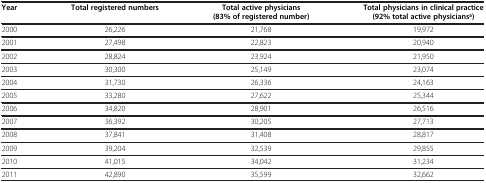
<table><thead><tr><td><b>Year</b></td><td><b>Total registered numbers</b></td><td><b>Total active physicians (83% of registered number)</b></td><td><b>Total physicians in clinical practice (92% total active physicians<sup>a</sup>)</b></td></tr></thead><tbody><tr><td>2000</td><td>26,226</td><td>21,768</td><td>19,972</td></tr><tr><td>2001</td><td>27,498</td><td>22,823</td><td>20,940</td></tr><tr><td>2002</td><td>28,824</td><td>23,924</td><td>21,950</td></tr><tr><td>2003</td><td>30,300</td><td>25,149</td><td>23,074</td></tr><tr><td>2004</td><td>31,730</td><td>26,336</td><td>24,163</td></tr><tr><td>2005</td><td>33,280</td><td>27,622</td><td>25,344</td></tr><tr><td>2006</td><td>34,820</td><td>28,901</td><td>26,516</td></tr><tr><td>2007</td><td>36,392</td><td>30,205</td><td>27,713</td></tr><tr><td>2008</td><td>37,841</td><td>31,408</td><td>28,817</td></tr><tr><td>2009</td><td>39,204</td><td>32,539</td><td>29,855</td></tr><tr><td>2010</td><td>41,015</td><td>34,042</td><td>31,234</td></tr><tr><td>2011</td><td>42,890</td><td>35,599</td><td>32,662</td></tr></tbody></table>